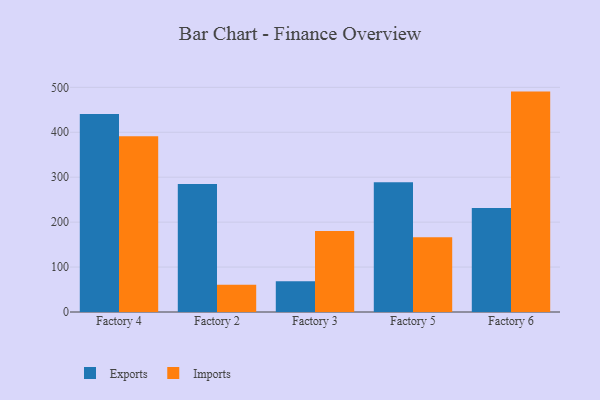
{"axis": {"x": "Factory", "y": "Headcount"}, "legend": ["Exports", "Imports"], "data": [{"x": "Factory 4", "y": 440.4, "type": "Exports"}, {"x": "Factory 4", "y": 391.0, "type": "Imports"}, {"x": "Factory 2", "y": 284.9, "type": "Exports"}, {"x": "Factory 2", "y": 60.7, "type": "Imports"}, {"x": "Factory 3", "y": 68.5, "type": "Exports"}, {"x": "Factory 3", "y": 180.3, "type": "Imports"}, {"x": "Factory 5", "y": 288.7, "type": "Exports"}, {"x": "Factory 5", "y": 166.1, "type": "Imports"}, {"x": "Factory 6", "y": 231.3, "type": "Exports"}, {"x": "Factory 6", "y": 490.5, "type": "Imports"}]}